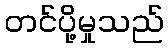
တင်ပို့မှုသည်